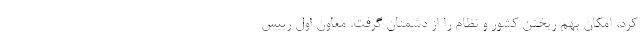
کرد، امکان بهم ریختن کشور و نظام را از دشمنان گرفت. معاون اول رییس